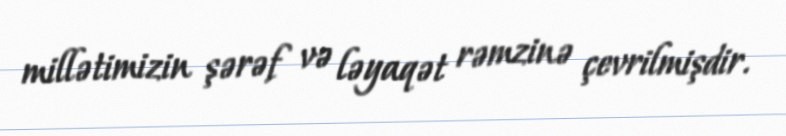
millətimizin şərəf və ləyaqət rəmzinə çevrilmişdir.